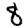
Digit: 8